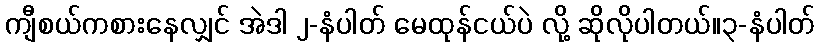
ကျီစယ်ကစားနေလျှင် အဲဒါ ၂-နံပါတ် မေထုန်ငယ်ပဲ လို့ ဆိုလိုပါတယ်။၃-နံပါတ်